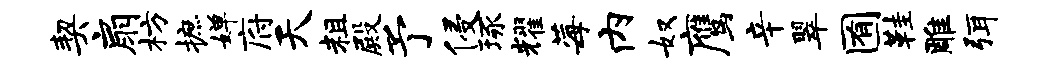
契扇枋摭婵府天粗殿予侵琢耀莓内奴鹰辛翠囿鞋雕弭